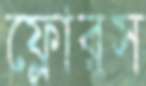
ফ্লোরস